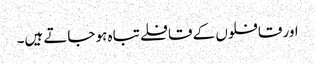
اور قافلوں کے قافلے تباہ ہو جاتے ہیں۔